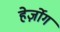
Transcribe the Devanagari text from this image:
हेर्ज़ोग